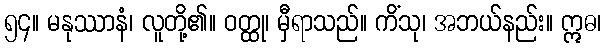
၅၄။ မနုဿာနံ၊ လူတို့၏။ ဝတ္ထု၊ မှီရာသည်။ ကိံသု၊ အဘယ်နည်း။ ဣဓ၊